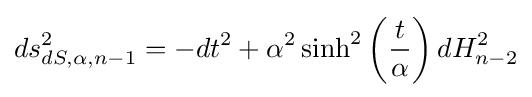
ds_{dS,\alpha ,n-1}^{2}=-dt^{2}+\alpha ^{2}\sinh ^{2}\left({\frac {t}{\alpha }}\right)dH_{n-2}^{2}